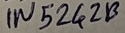
Text: IN5242B